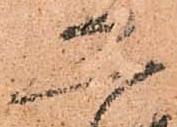
恐